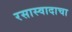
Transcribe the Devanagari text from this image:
रसास्वादाचा